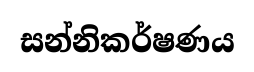
සන්නිකර්ෂණය